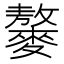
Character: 䵅